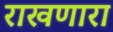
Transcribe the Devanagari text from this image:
राखणारा